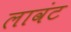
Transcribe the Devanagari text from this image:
लावंट